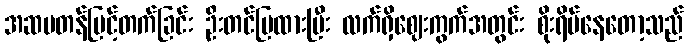
အဆမတန်မြင့်တက်ခြင်း ဦးတင်ပြထားပြီး လက်ရှိဈေးကွက်အတွင်း စိုးရိမ်နေတော့သည်